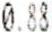
0.88